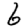
Digit: 6